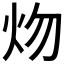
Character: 𤆞